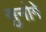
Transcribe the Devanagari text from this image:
सुनोगे